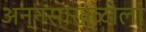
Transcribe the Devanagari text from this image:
अन्नसाखळीला